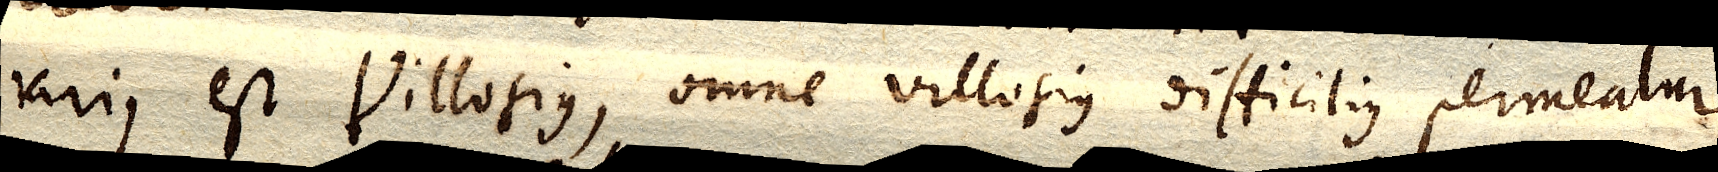
rarius est villosius, omne villosius difficilius permeatur